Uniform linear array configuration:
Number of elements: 48
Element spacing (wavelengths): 1
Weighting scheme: cosine
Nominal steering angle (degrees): -15
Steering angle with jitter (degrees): -16.493
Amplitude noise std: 0.05
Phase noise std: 0.05

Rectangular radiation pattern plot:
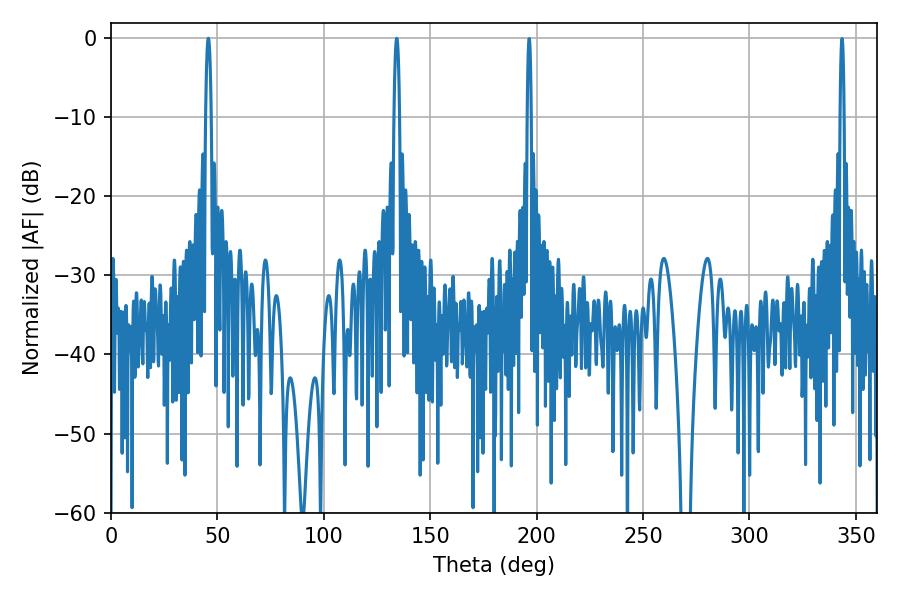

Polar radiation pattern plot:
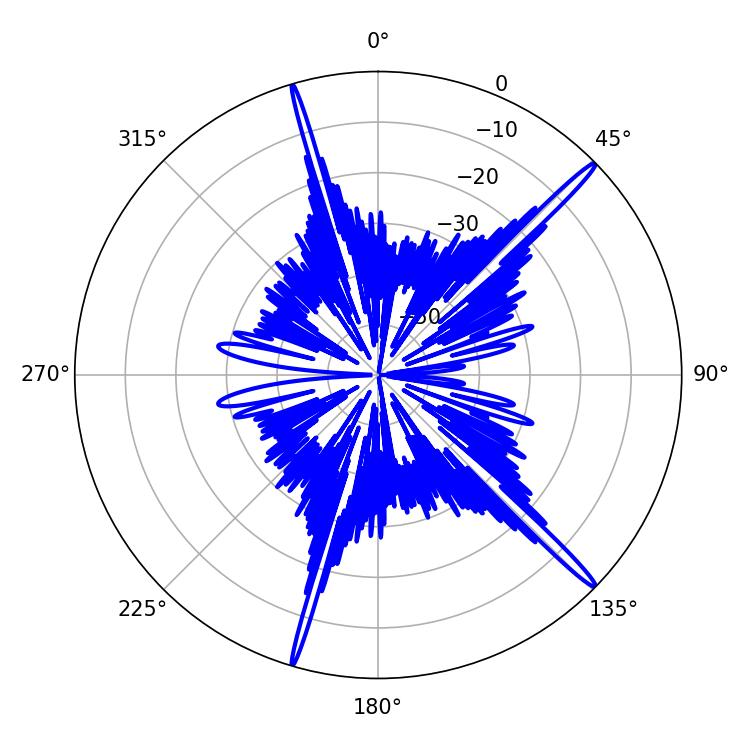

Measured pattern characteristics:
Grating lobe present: TRUE
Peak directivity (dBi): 18.197
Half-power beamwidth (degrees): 1.44
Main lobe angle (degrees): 45.72